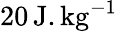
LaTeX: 20\, \mathrm{J.kg^{-1}}